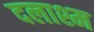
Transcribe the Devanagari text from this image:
दलाश्म